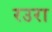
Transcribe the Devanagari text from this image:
रउरा